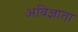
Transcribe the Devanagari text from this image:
अविज्ञाता